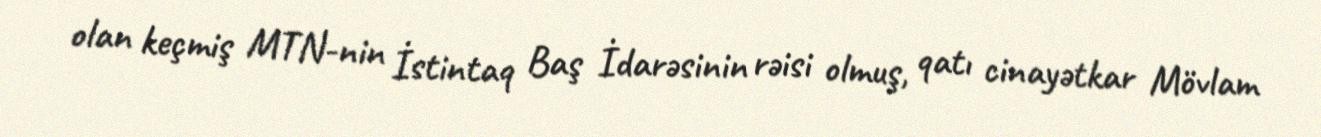
olan keçmiş MTN-nin İstintaq Baş İdarəsinin rəisi olmuş, qatı cinayətkar Mövlam